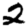
Digit: 2